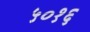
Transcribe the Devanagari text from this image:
५०१६